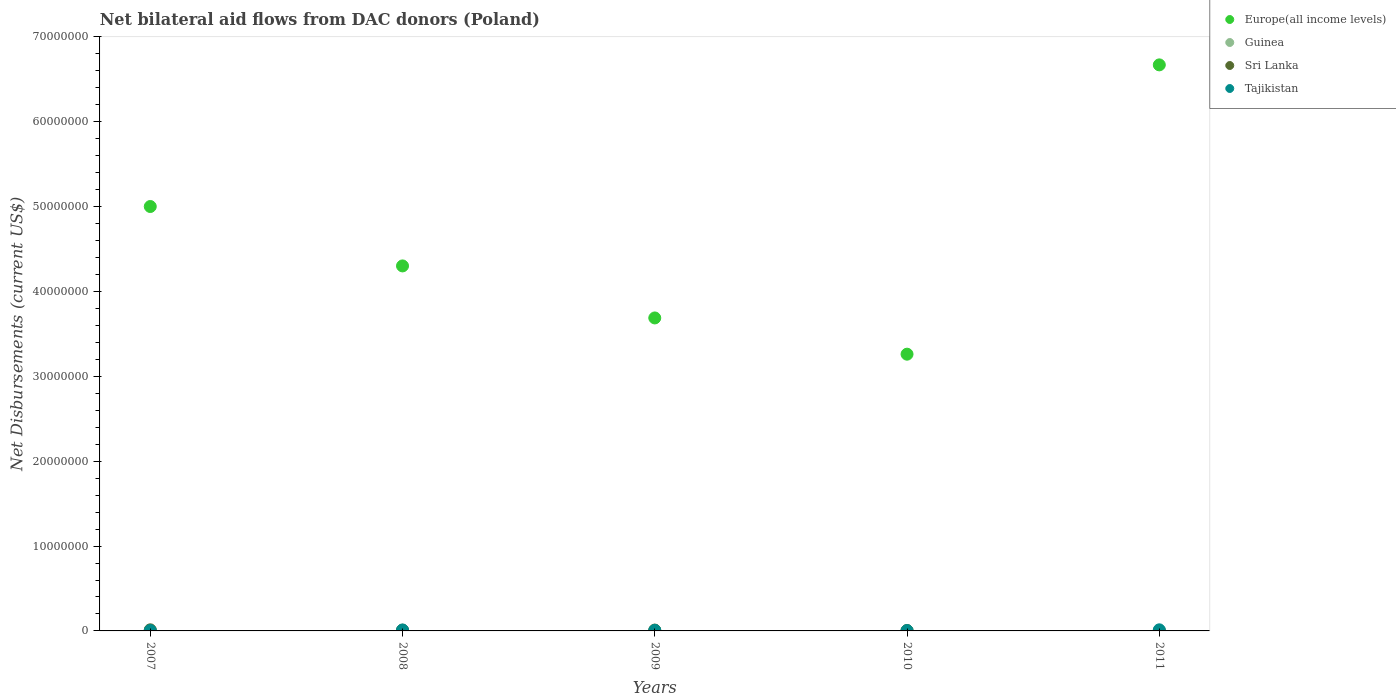
| Years | Europe(all income levels) | Guinea | Sri Lanka | Tajikistan |
 | --- | --- | --- | --- | --- |
 | 2007 | 5e+07 | 2e+04 | 1.3e+05 | 5e+04 |
 | 2008 | 4.3e+07 | 2e+04 | 9e+04 | 1.1e+05 |
 | 2009 | 3.69e+07 | 1e+04 | 1e+05 | 7e+04 |
 | 2010 | 3.26e+07 | 3e+04 | 4e+04 | 4e+04 |
 | 2011 | 6.67e+07 | 1e+04 | 1e+04 | 1.3e+05 |